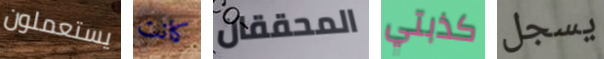
يستعملون كانت المحققان كذبتي يسجل